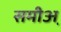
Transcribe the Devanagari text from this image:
समीअ़